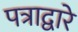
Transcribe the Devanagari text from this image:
पत्राद्वारे